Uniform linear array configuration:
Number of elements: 16
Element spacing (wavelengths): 1
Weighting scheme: exponential
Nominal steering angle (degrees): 30
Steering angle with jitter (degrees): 28.576
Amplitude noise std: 0.05
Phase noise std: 0.05

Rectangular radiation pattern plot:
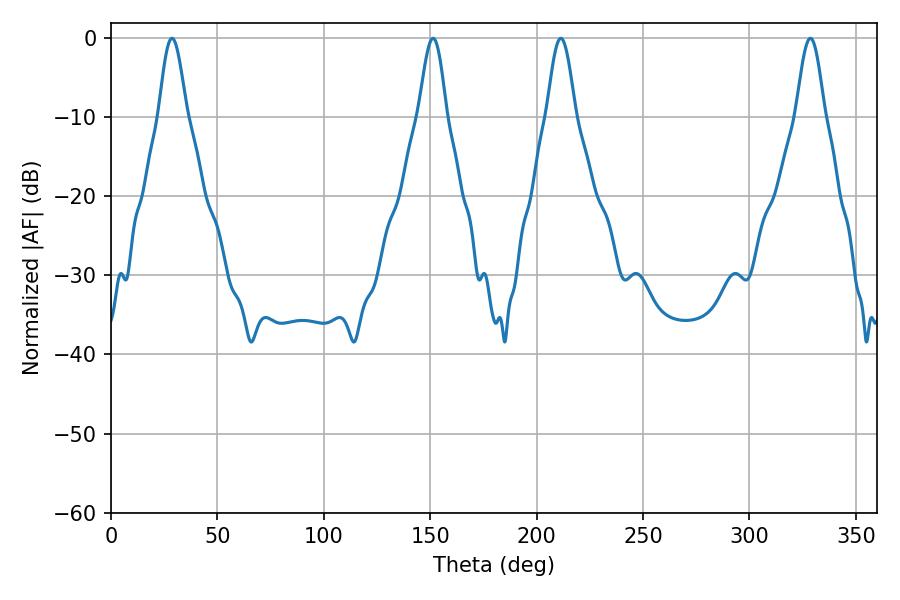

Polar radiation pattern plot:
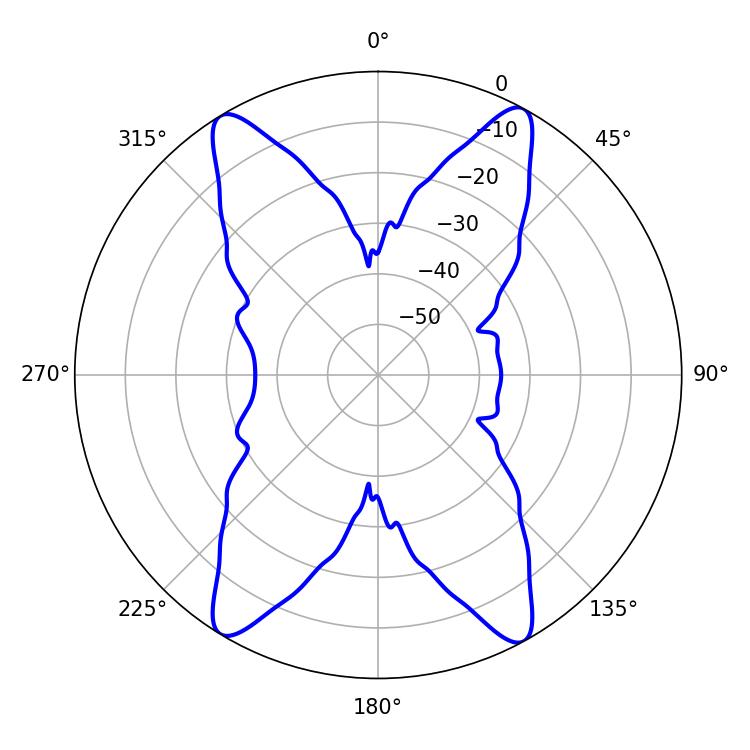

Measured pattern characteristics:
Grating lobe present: TRUE
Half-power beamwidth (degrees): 7.02
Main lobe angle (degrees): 211.32